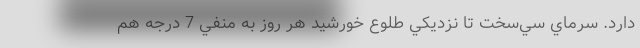
دارد. سرماي سي‌سخت تا نزديكي طلوع خورشيد هر روز به منفي 7 درجه هم